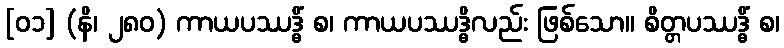
[၀၁] (နိ၊ ၂၈၀) ကာယပဿဒ္ဓိံ စ၊ ကာယပဿဒ္ဓိလည်း ဖြစ်သော။ စိတ္တပဿဒ္ဓိံ စ၊